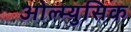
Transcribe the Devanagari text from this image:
ओल्म्युसिक